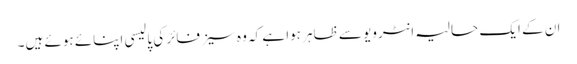
ان کے ایک حالیہ انٹرویو سے ظاہر ہوا ہے کہ وہ سیز فائر کی پالیسی اپنائے ہوئے ہیں۔